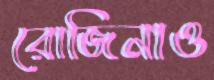
রোজিনাও